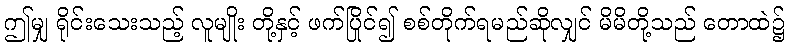
ဤမျှ ရိုင်းသေးသည့် လူမျိုး တို့နှင့် ဖက်ပြိုင်၍ စစ်တိုက်ရမည်ဆိုလျှင် မိမိတို့သည် တောထဲ၌